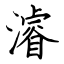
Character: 濬